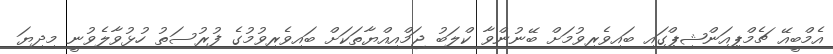
އެމްބީއޭ ޗެމްޕިއަންޝިޕްގައި ބައިވެރިވުމަށް ބޭނުންވާ ކްލަބު ޖަމްއިއްޔާތަކަށް ބައިވެރިވުމުގެ ފުރުސަތު ހުޅުވާލެވުނީ މިދިޔަ